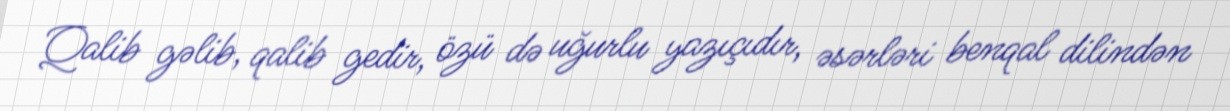
Qalib gəlib, qalib gedir, özü də uğurlu yazıçıdır, əsərləri benqal dilindən